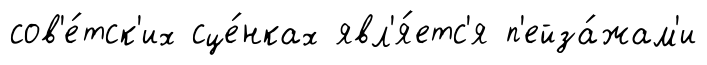
сов'е́тск'их сце́нках явл'я́етс'я п'ейза́жам'и